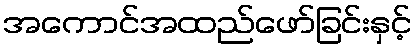
အကောင်အထည်ဖော်ခြင်းနှင့်